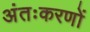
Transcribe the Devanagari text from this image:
अंतःकरणों